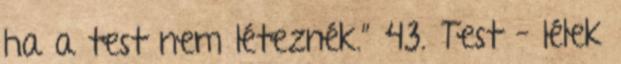
ha a test nem léteznék.” 43. Test – lélek